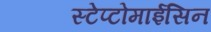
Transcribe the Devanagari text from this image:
स्टेप्टोमाईसिन